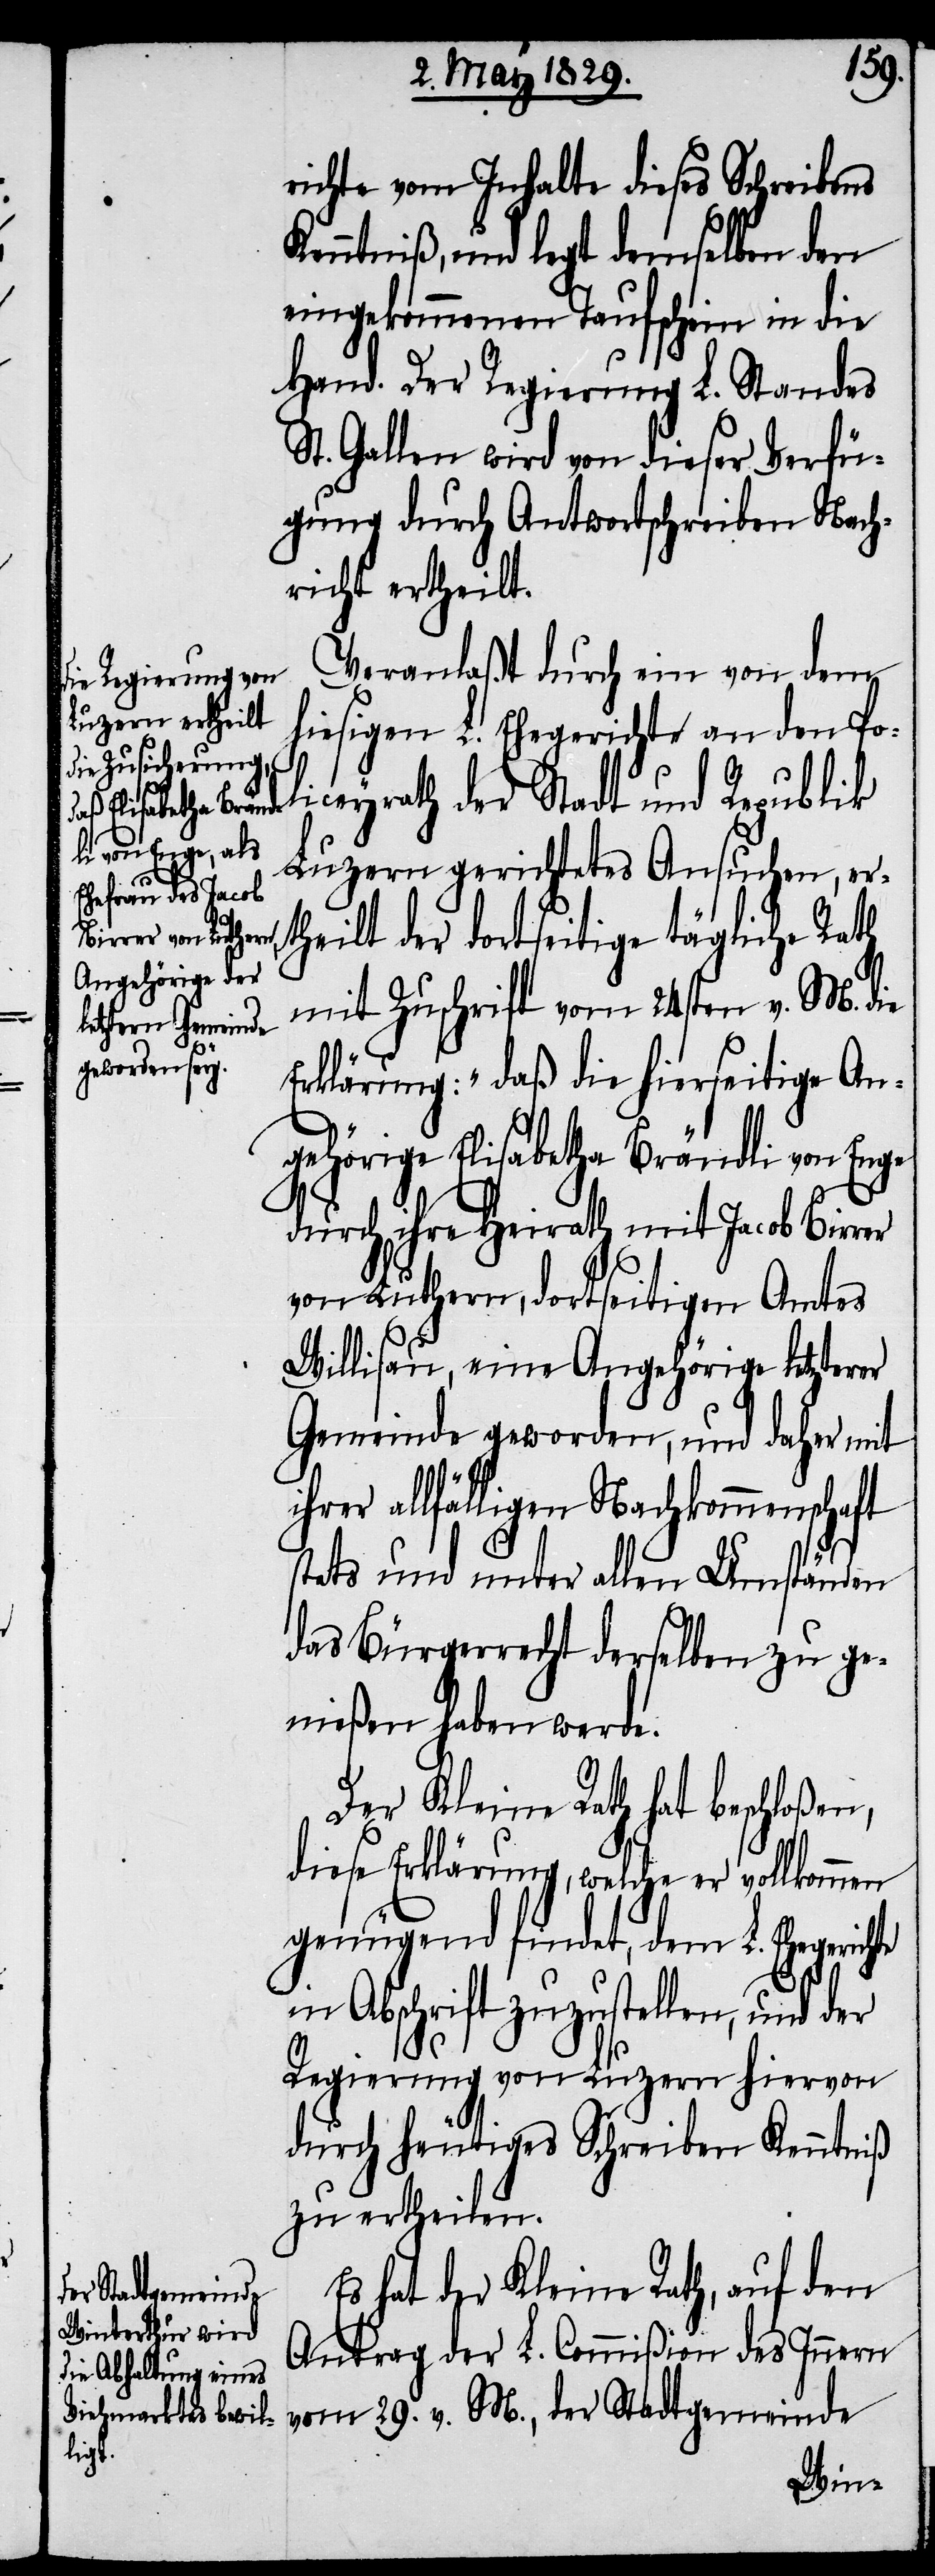
richte vom Inhalte dieses Schreibens
Kenntniß, und legt demselben den
eingekommenen Taufschein in die
Hand. Der Regierung L. Standes
St. Gallen wird von dieser Verfü¬
gung durch Antwortschreiben Nach¬
richt ertheilt.
Veranlaßt durch ein von dem
hiesigen L. Ehegerichte an den Po¬
liceyrath der Stadt und Republik
Luzern gerichtetes Ansuchen, er¬
theilt der dortseitige tägliche Rath
mit Zuschrift vom 24sten v. M. die
Erklärung: „daß die hierseitige An¬
gehörige Elisabetha Brändli von Enge
durch ihre Heirath mit Jacob Birrer
von Luthern, dortseitigen Amtes
Willisau, eine Angehörige letzterer
Gemeinde geworden, und daher mit
ihrer allfälligen Nachkommenschaft
stets und unter allen Umständen
das Bürgerrecht derselben zu ge¬
nießen haben werd¬
Der Kleine Rath hat beschloßen,
diese Erklärung, welche er vollkommen
genügend findet, dem L. Ehegerichte
in Abschrift zuzustellen, und der
e.[“]
Regierung von Luzern hiervon
durch heutiges Schreiben Kenntniß
zu ertheilen.
Es hat der Kleine Rath, auf den
Antrag der L. Commißion des Innern
vom 29. v. M., der Stadtgemeinde